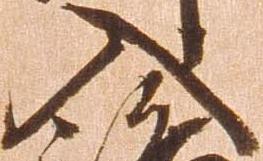
入